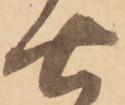
七